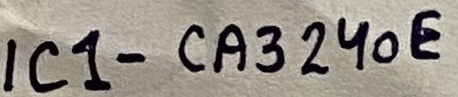
Text: IC1-CA324oE